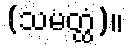
(သမတ္ထံ)။